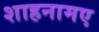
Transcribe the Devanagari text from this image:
शाहनामए